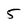
Character: 5